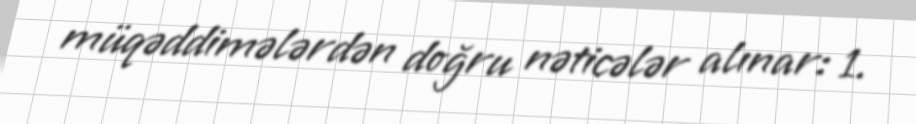
müqəddimələrdən doğru nəticələr alınar: 1.